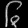
Digit: ၆